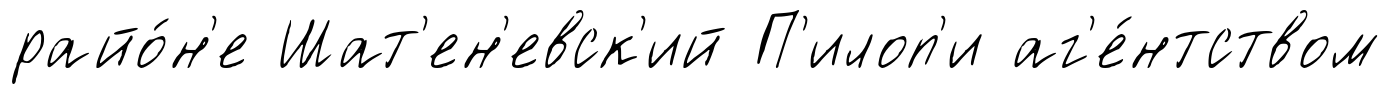
райо́н'е Шат'ен'евск'ий П'илоп'и аг'е́нтством